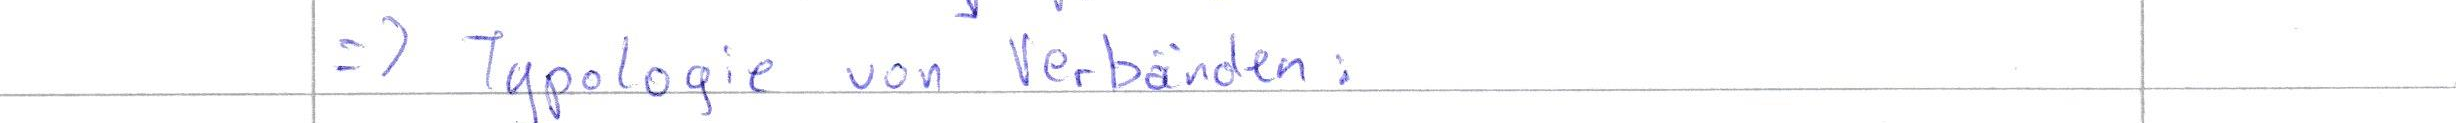
=> Typologie von Verbänden: